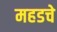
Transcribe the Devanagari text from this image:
महडचे